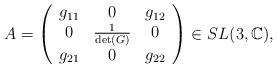
LaTeX: \begin{align*}A= \left(\begin{array}{ccc}g_{11}& 0 & g_{12} \\0& \frac{1}{\det(G)} & 0 \\ g_{21} & 0 & g_{22} \end{array}\right) \in SL(3, \mathbb{C}),\end{align*}